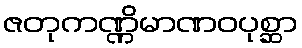
ဇတုကဏ္ဏိမာဏဝပုစ္ဆာ